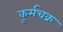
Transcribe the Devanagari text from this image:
कूर्मचक्र